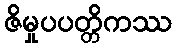
ဇိမှုပပတ္တိကဿ